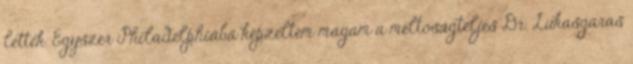
lettek. Egyszer Philadelphiába képzeltem magam a méltóságteljes Dr. Lukasgaras